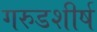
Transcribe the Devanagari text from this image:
गरुडशीर्ष